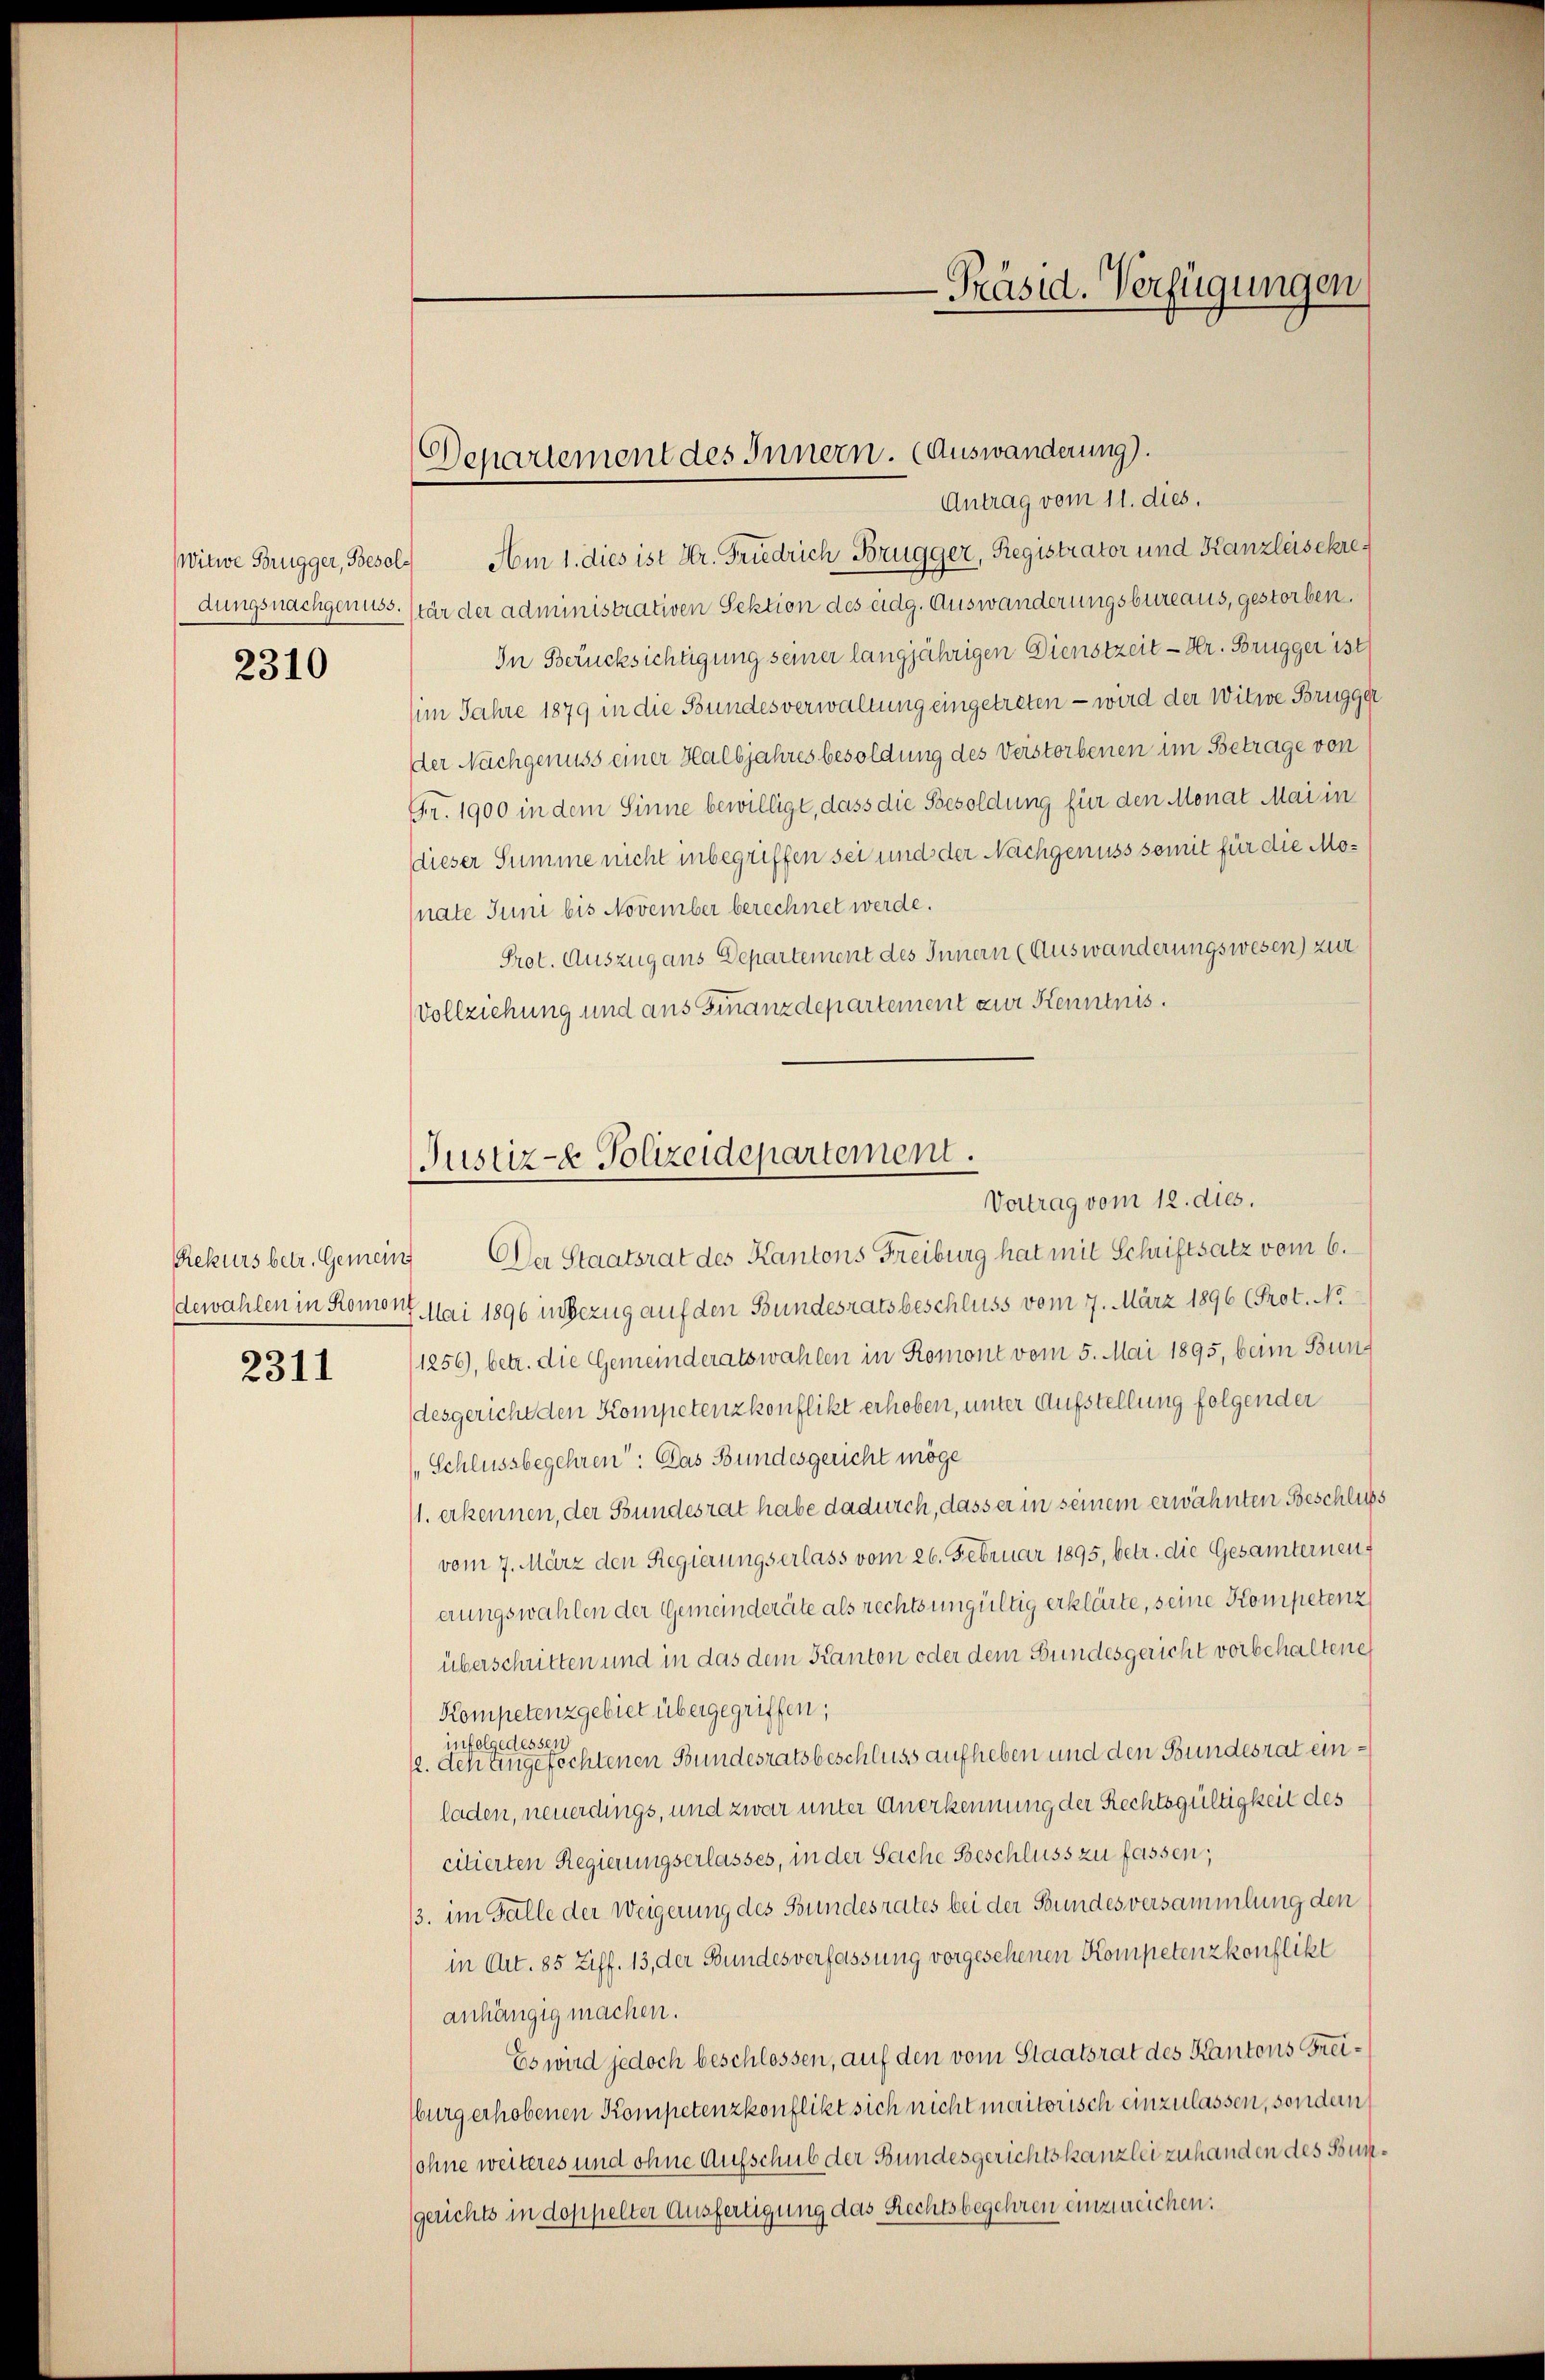
2310

2311

Departement des Innern. (Auswanderung).

Antrag vom 11. dies
Witwe Brugger, Besol. Am 1. dies ist Hr. Friedrich Brugger, Registrator und Kanzleisekredungsnachgenuss. (tär der administrativen Sektion des eidg. Auswanderungsbureaus, gestorben.
In Berücksichtigung seiner langjährigen Dienstzeit - Hr. Brugger ist
im Jahre 1879 in die Bundesverwaltung eingetreten - wird der Witwe Brugger
der Nachgenuss einer Halbjahresbesoldung des Verstorbenen im Betrage von
Fr. 1900 in dem Sinne bewilligt, dass die Besoldung für den Monat Mai in
dieser Summe nicht inbegriffen sei und der Nachgenuss somit für die Mo¬
(nate Juni bis November berechnet werde.
Prot. Auszug aus Departement des Innern (Auswanderungswesen) zur
Vollziehung und aus Finanzdepartement zur Kenntnis.

Justiz- & Polizeidepartement.
Vortrag vom 12. dies.

-Präsid. Verfügungen

Rekurs betr. Gemeins Der Staatsrat des Kantons Freiburg hat mit Schriftsatz vom 6.
dewahlen in Romon Mai 1896 in Bezug auf den Bundesratsbeschluss vom 7. März 1896 (Prot. No
1256), betr. die Gemeinderatswahlen in Romont vom 5. Mai 1895, beim Bundesgericht den Kompetenzkonflikt erhoben, unter Aufstellung folgender
„Schlussbegehren: Das Bundesgericht möge
11. erkennen, der Bundesrat habe dadurch, dass er in seinem erwähnten Beschluss
vom 7. März den Regierungserlass vom 26. Februar 1895, betr. die Gesamterneut
erungswahlen der Gemeinderäte als rechts ungültig erklärte, seine Kompetenz
überschritten und in das dem Kanton oder dem Bundesgericht vorbehaltene
Kompetenzgebiet übergegriffen;
infolgedessen
. dch angefechtenen Bundesratsbeschluss aufheben und den Bundesrat einladen, neuerdings, und zwar unter Anerkennung der Rechtsgültigkeit des
citierten Regierungserlasses, in der Sache Beschluss zu fassen;
3. im Falle der Weigerung des Bundesrates bei der Bundesversammlung den
in Art. 85 Ziff. 13, der Bundesverfassung vorgesehenen Kompetenzkonflikt
anhängig machen.
Es wird jedoch beschlossen, auf den vom Staatsrat des Kantons Freiburg erhobenen Kompetenzkonflikt sich nicht meritorisch einzulassen, sondern,
sohne weiteres und ohne Aufschub der Bundesgerichtskanzlei zuhanden des Bun¬
(gerichts in doppelter Ausfertigung das Rechtsbegehren einzureichen: